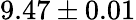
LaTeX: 9.47\pm 0.01